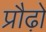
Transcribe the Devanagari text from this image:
प्रौढ़ो